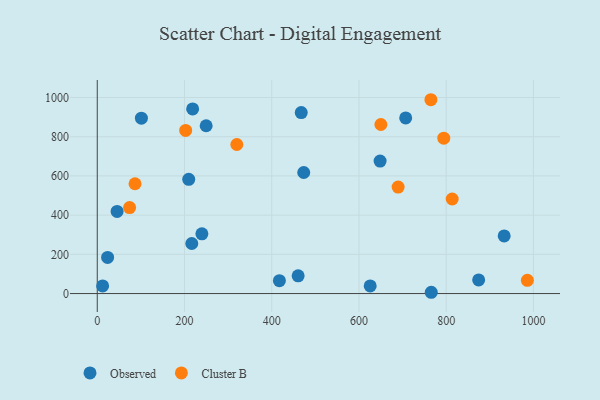
{"axis": {"x": "Study Hours", "y": "Salary"}, "legend": ["Cluster B", "Observed"], "data": [{"x": "216.7", "y": 255.3, "type": "Observed"}, {"x": "218.7", "y": 941.9, "type": "Observed"}, {"x": "23.7", "y": 184.5, "type": "Observed"}, {"x": "467.7", "y": 923.3, "type": "Observed"}, {"x": "625.8", "y": 38.7, "type": "Observed"}, {"x": "12.3", "y": 38.9, "type": "Observed"}, {"x": "209.7", "y": 582.8, "type": "Observed"}, {"x": "101.2", "y": 894.6, "type": "Observed"}, {"x": "933.0", "y": 293.7, "type": "Observed"}, {"x": "874.5", "y": 69.3, "type": "Observed"}, {"x": "417.6", "y": 65.5, "type": "Observed"}, {"x": "707.2", "y": 895.7, "type": "Observed"}, {"x": "45.5", "y": 418.7, "type": "Observed"}, {"x": "648.5", "y": 676.0, "type": "Observed"}, {"x": "765.8", "y": 6.5, "type": "Observed"}, {"x": "249.7", "y": 856.0, "type": "Observed"}, {"x": "473.4", "y": 617.6, "type": "Observed"}, {"x": "239.9", "y": 304.5, "type": "Observed"}, {"x": "460.6", "y": 90.6, "type": "Observed"}, {"x": "765.0", "y": 988.7, "type": "Cluster B"}, {"x": "689.8", "y": 543.2, "type": "Cluster B"}, {"x": "320.0", "y": 760.2, "type": "Cluster B"}, {"x": "986.2", "y": 67.4, "type": "Cluster B"}, {"x": "813.8", "y": 482.2, "type": "Cluster B"}, {"x": "74.1", "y": 438.6, "type": "Cluster B"}, {"x": "86.6", "y": 560.0, "type": "Cluster B"}, {"x": "650.3", "y": 862.3, "type": "Cluster B"}, {"x": "794.5", "y": 792.4, "type": "Cluster B"}, {"x": "202.7", "y": 832.2, "type": "Cluster B"}]}